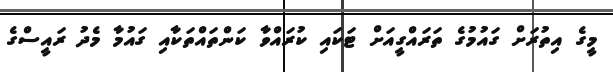
މީގެ އިތުރަށް ގައުމުގެ ތަރައްގީއަށް ޓަކައި ކުރައްވާ ކަންތައްތަކާއި ގައުމާ މެދު ރައީސްގެ